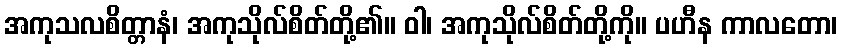
အကုသလစိတ္တာနံ၊ အကုသိုလ်စိတ်တို့၏။ ဝါ၊ အကုသိုလ်စိတ်တို့ကို။ ပဟီန ကာလတော၊